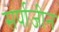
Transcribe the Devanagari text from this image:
सर्पाजीन